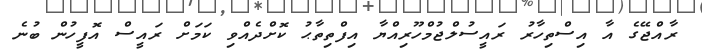
ރާއްޖޭގެ އާ އިސްތިހާރު ރައީސުލްޖުމްހޫރިއްޔާ އިފްތިތާޙު ކޮށްދެއްވި ކަމަށް ރައީސް އޮފީހުން ބުނެ